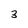
Character: 3